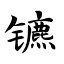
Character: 镳